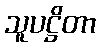
သူပဋ္ဌိတာ